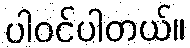
ပါဝင်ပါတယ်။